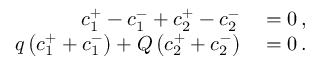
\begin{array} { r l } { c _ { 1 } ^ { + } - c _ { 1 } ^ { - } + c _ { 2 } ^ { + } - c _ { 2 } ^ { - } } & { { } = 0 \, , } \\ { q \left( c _ { 1 } ^ { + } + c _ { 1 } ^ { - } \right) + Q \left( c _ { 2 } ^ { + } + c _ { 2 } ^ { - } \right) } & { { } = 0 \, . } \end{array}